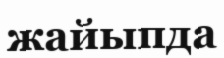
жайыпда